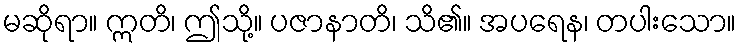
မဆိုရာ။ ဣတိ၊ ဤသို့။ ပဇာနာတိ၊ သိ၏။ အပရေန၊ တပါးသော။